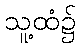
သူ့ထံ၌